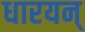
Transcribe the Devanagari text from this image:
धारयन्